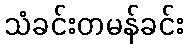
သံခင်းတမန်ခင်း